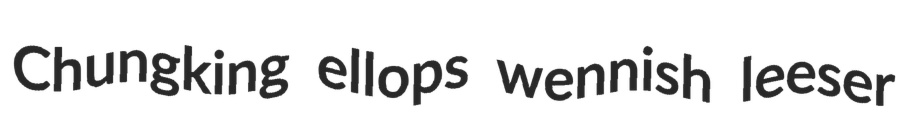
Chungking ellops wennish leeser